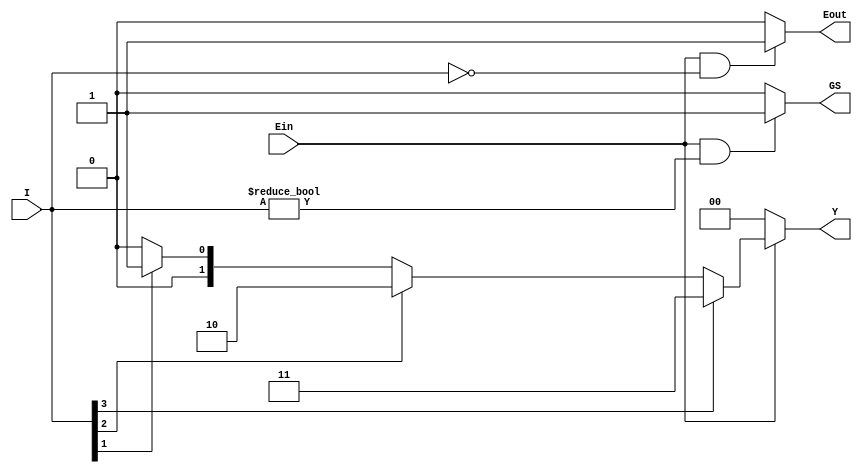
module encoder (
    input [3:0] I,
    input Ein,
    output reg [1:0] Y,
    output reg GS,
    output reg Eout
);


always @ (I, Ein)
begin
    if(Ein == 1)
        Y = (I[3] == 1) ? 2'd3 : (
                (I[2] == 1) ? 2'd2 : (
                    (I[1] == 1) ? 2'd1 : 2'd0
                )
            );
    else
        Y = 2'd0;
end

always @ (I, Ein)
begin
    if (Ein == 1 && I == 0)
        Eout = 1'b1;
    else
        Eout = 1'b0;
end

always @ (I, Ein)
begin
    if (Ein == 1 && I != 0)
        GS = 1'b1;
    else
        GS = 1'b0;
end
endmodule